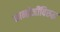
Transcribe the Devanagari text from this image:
कान्होजींविरुद्ध